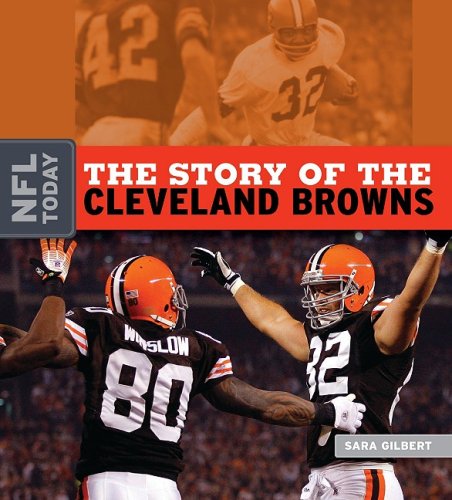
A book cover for The Story of the Cleveland Browns (The NFL Today); Sara Gilbert; Teen & Young Adult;